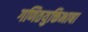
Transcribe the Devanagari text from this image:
गणितयुक्तिभाषा